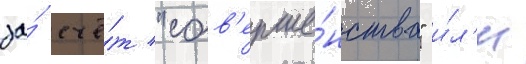
за́ счё́т "сов'ерше́нства" и́л'и